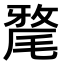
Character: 𣯛